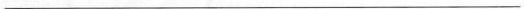
___